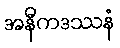
အနီကဒဿနံ